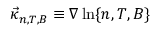
\vec { \kappa } _ { n , T , B } \equiv \nabla \ln \{ n , T , B \}